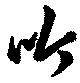
吟